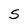
Character: S